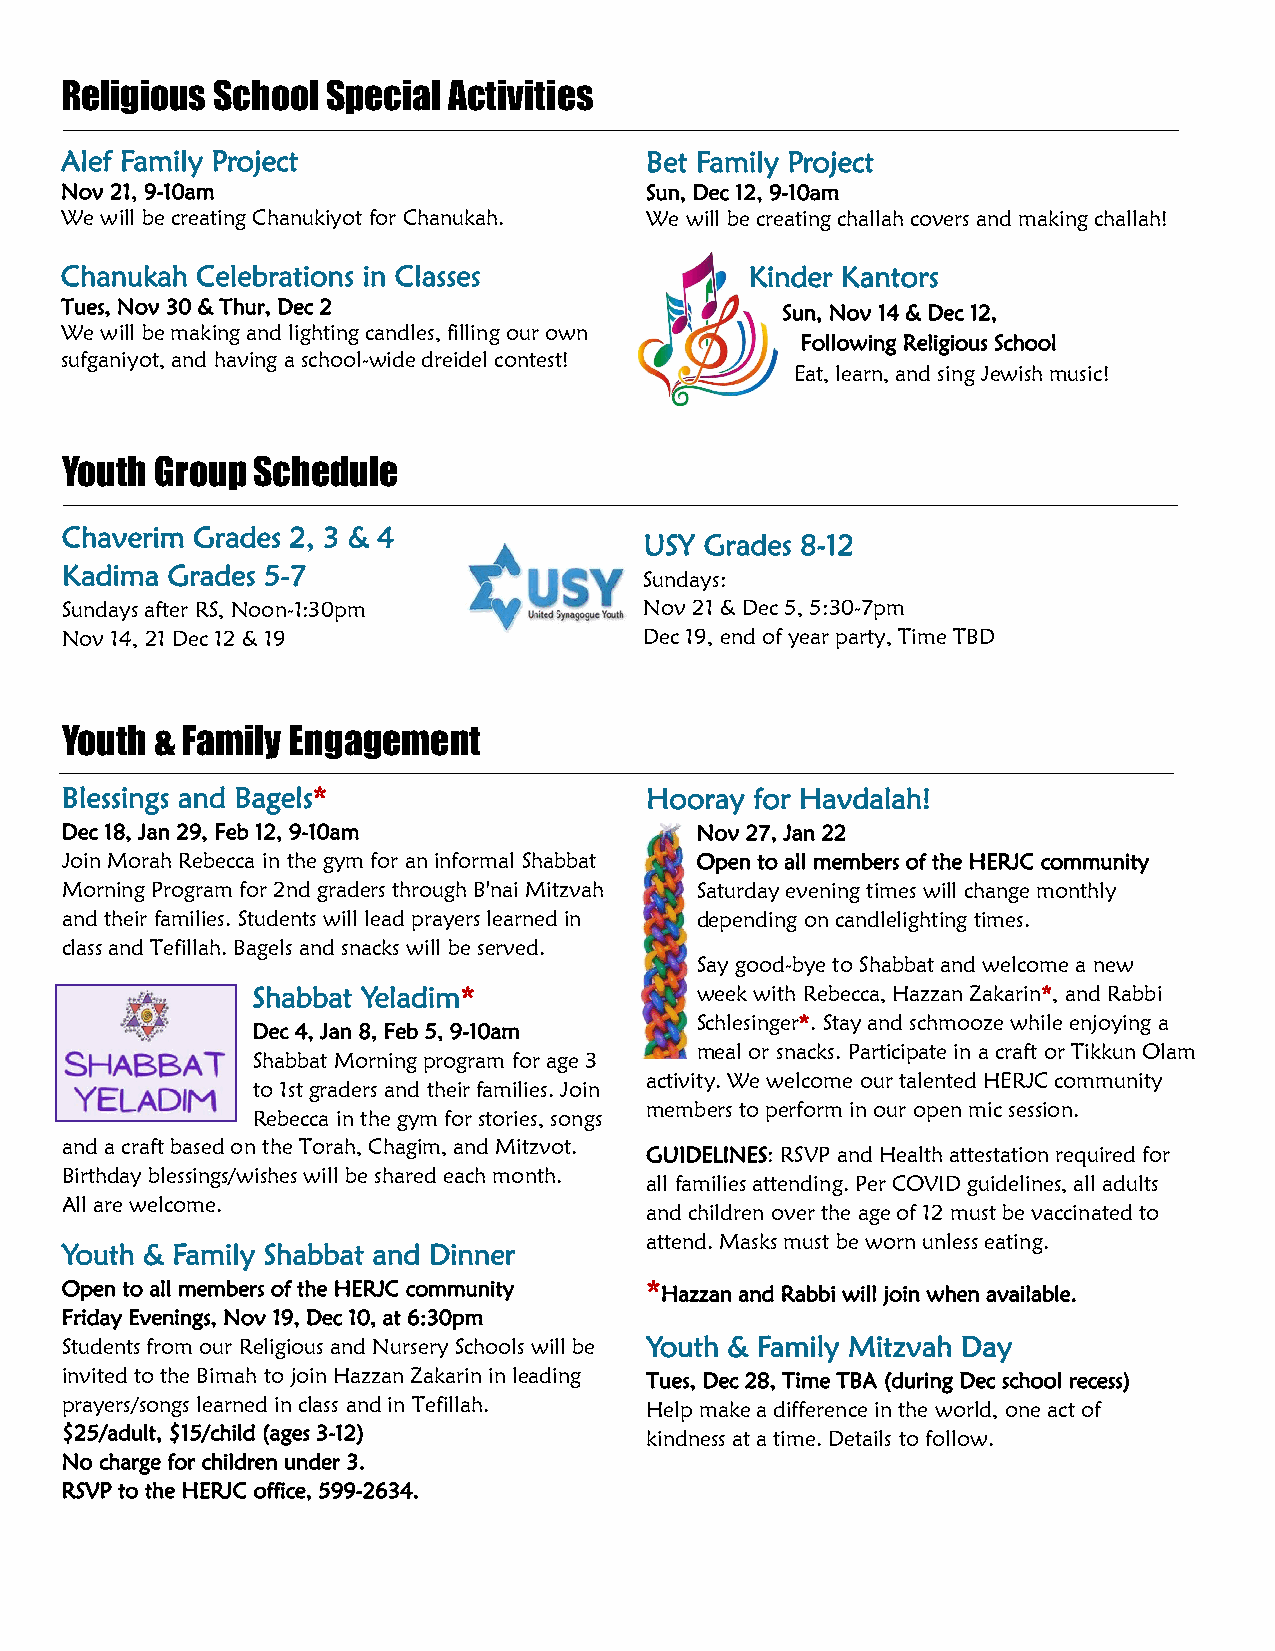
Religious School  Special Activities
 Alef Family Project                    Bet Family Project
 Nov 21, 9-10am                         Sun, Dec 12, 9-10am
 We will be creating Chanukiyot for Chanukah. We will be creating challah covers and making challah!
 Chanukah Celebrations in Classes              Kinder Kantors
 Tues, Nov 30 & Thur, Dec 2                      Sun, Nov 14 & Dec 12,
 We will be making and lighting candles, filling our own
 Following Religious School
 sufganiyot, and having a school-wide dreidel contest!
 Eat, learn, and sing Jewish music!
 Youth Group  Schedule
 Chaverim Grades 2, 3 & 4
 USY Grades 8-12
 Kadima Grades 5-7
 Sundays:
 Sundays after RS, Noon-1:30pm          Nov 21 & Dec 5, 5:30-7pm
 Nov 14, 21 Dec 12 & 19                 Dec 19, end of year party, Time TBD
 Youth & Family Engagement
 Blessings and Bagels*                  Hooray for Havdalah!
 Dec 18, Jan 29, Feb 12, 9-10am            Nov 27, Jan 22
 Join Morah Rebecca in the gym for an informal Shabbat Open to all members of the HERJC community
 Morning Program for 2nd graders through B'nai Mitzvah Saturday evening times will change monthly
 and their families. Students will lead prayers learned in depending on candlelighting times.
 class and Tefillah. Bagels and snacks will be served.
 Say good-bye to Shabbat and welcome a new
 Shabbat Yeladim*             week with Rebecca, Hazzan Zakarin*, and Rabbi
 Schlesinger*. Stay and schmooze while enjoying a
 Dec 4, Jan 8, Feb 5, 9-10am
 meal or snacks. Participate in a craft or Tikkun Olam
 Shabbat Morning program for age 3
 activity. We welcome our talented HERJC community
 to 1st graders and their families. Join
 members to perform in our open mic session.
 Rebecca in the gym for stories, songs
 and a craft based on the Torah, Chagim, and Mitzvot.
 GUIDELINES: RSVP and Health attestation required for
 Birthday blessings/wishes will be shared each month.
 all families attending. Per COVID guidelines, all adults
 All are welcome.
 and children over the age of 12 must be vaccinated to
 attend. Masks must be worn unless eating.
 Youth & Family Shabbat and Dinner
 Open to all members of the HERJC community *Hazzan and Rabbi will join when available.
 Friday Evenings, Nov 19, Dec 10, at 6:30pm
 Students from our Religious and Nursery Schools will be Youth & Family Mitzvah Day
 invited to the Bimah to join Hazzan Zakarin in leading Tues, Dec 28, Time TBA (during Dec school recess)
 prayers/songs learned in class and in Tefillah. Help make a difference in the world, one act of
 $25/adult, $15/child (ages 3-12)       kindness at a time. Details to follow.
 No charge for children under 3.
 RSVP to the HERJC office, 599-2634.